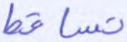
تساقط